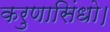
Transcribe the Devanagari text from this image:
करुणासिंधो।